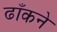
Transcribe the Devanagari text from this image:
ढाँकने